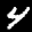
Label: 4